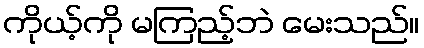
ကိုယ့်ကို မကြည့်ဘဲ မေးသည်။